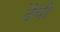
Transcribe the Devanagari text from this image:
दैंवी